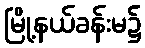
မြို့နယ်ခန်းမ၌